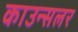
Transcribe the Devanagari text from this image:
काउन्सलर